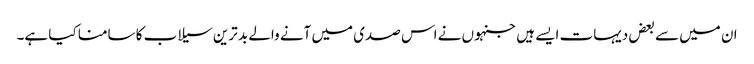
ان میں سے بعض دیہات ایسے ہیں جنہوں نے اس صدی میں آنے والے بد ترین سیلاب کا سامنا کیا ہے۔